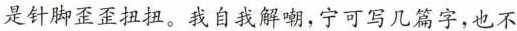
是针脚歪歪扭扭。我自我解嘲，宁可写几篇字，也不